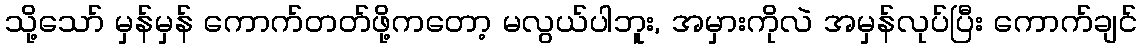
သို့သော် မှန်မှန် ကောက်တတ်ဖို့ကတော့ မလွယ်ပါဘူး, အမှားကိုလဲ အမှန်လုပ်ပြီး ကောက်ချင်